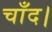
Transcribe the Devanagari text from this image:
चाँद।